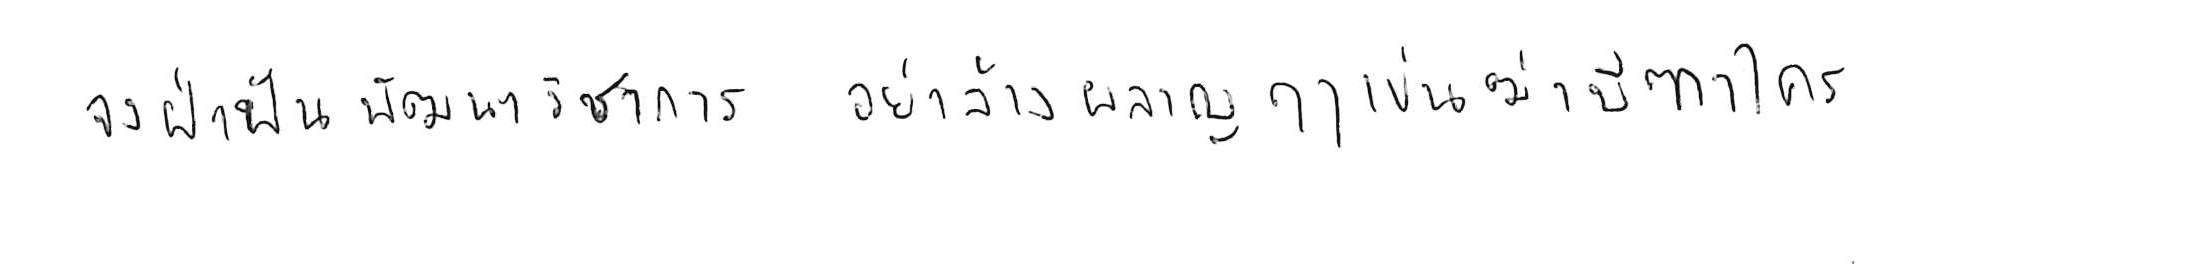
จงฝ่าฟันพัฒนาวิชาการ อย่าล้างผลาญฤๅเข่นฆ่าบีฑาใคร